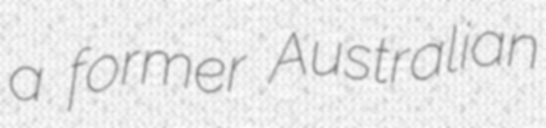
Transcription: a former Australian